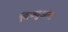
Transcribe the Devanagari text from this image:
विज्युअल